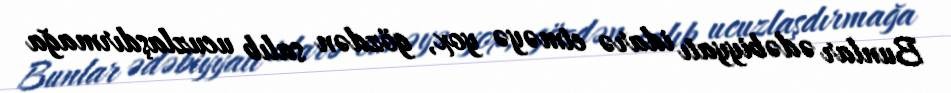
Bunlar ədəbiyyatı idarə etməyə yox, gözdən salıb ucuzlaşdırmağa